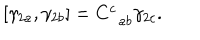
\left[ \gamma _ { 2 a } , \gamma _ { 2 b } \right] = C _ { \; \; a b } ^ { c } \gamma _ { 2 c } .